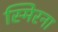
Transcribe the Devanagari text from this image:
स्मिरना